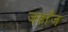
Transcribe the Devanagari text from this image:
जहाँज